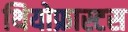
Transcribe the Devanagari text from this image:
थियोफ्रास्टस